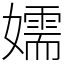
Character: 嬬